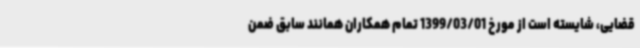
قضایی، شایسته است از مورخ 1399/03/01 تمام همکاران همانند سابق ضمن